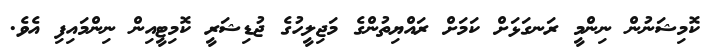
ކޮމިޝަނުން ނިންމީ ރަނގަޅަށް ކަމަށް ރައްޔިތުންގެ މަޖިލީހުގެ ޖުޑިޝަރީ ކޮމިޓީއިން ނިންމައިފި އެވެ.